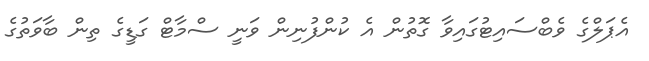
އެޕަލްގެ ވެބްސައިޓުގައިވާ ގޮތުން އެ ކުންފުނިން ވަނީ ސްމާޓް ގަޑީގެ ތިން ބާވަތުގެ